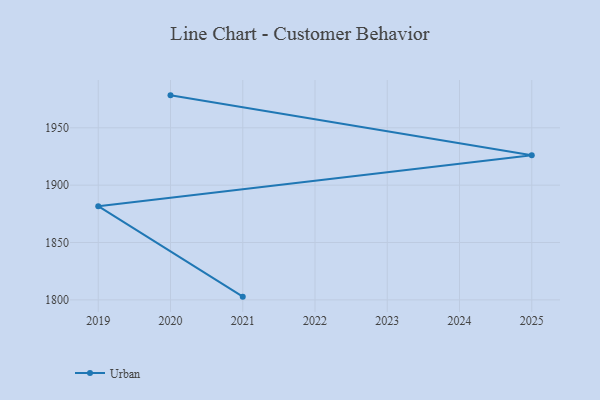
{"axis": {"x": "Year", "y": "LTV (USD)"}, "legend": ["Urban"], "data": [{"x": "2020", "y": 1978.3, "type": "Urban"}, {"x": "2025", "y": 1926.1, "type": "Urban"}, {"x": "2019", "y": 1881.7, "type": "Urban"}, {"x": "2021", "y": 1802.8, "type": "Urban"}]}